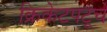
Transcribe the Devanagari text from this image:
क्रिकेटपटूचे